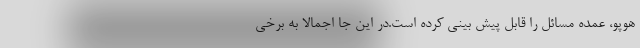
هوپو، عمده مسائل را قابل پیش بینی کرده است.در این جا اجمالا به برخی